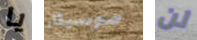
يا موسيقار لن